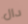
دال